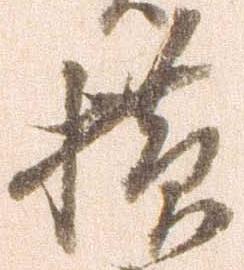
横